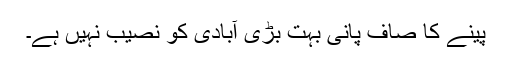
پینے کا صاف پانی بہت بڑی آبادی کو نصیب نہیں ہے۔